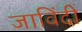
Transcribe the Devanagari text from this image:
जाविंदी